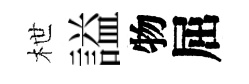
枻謚物屈